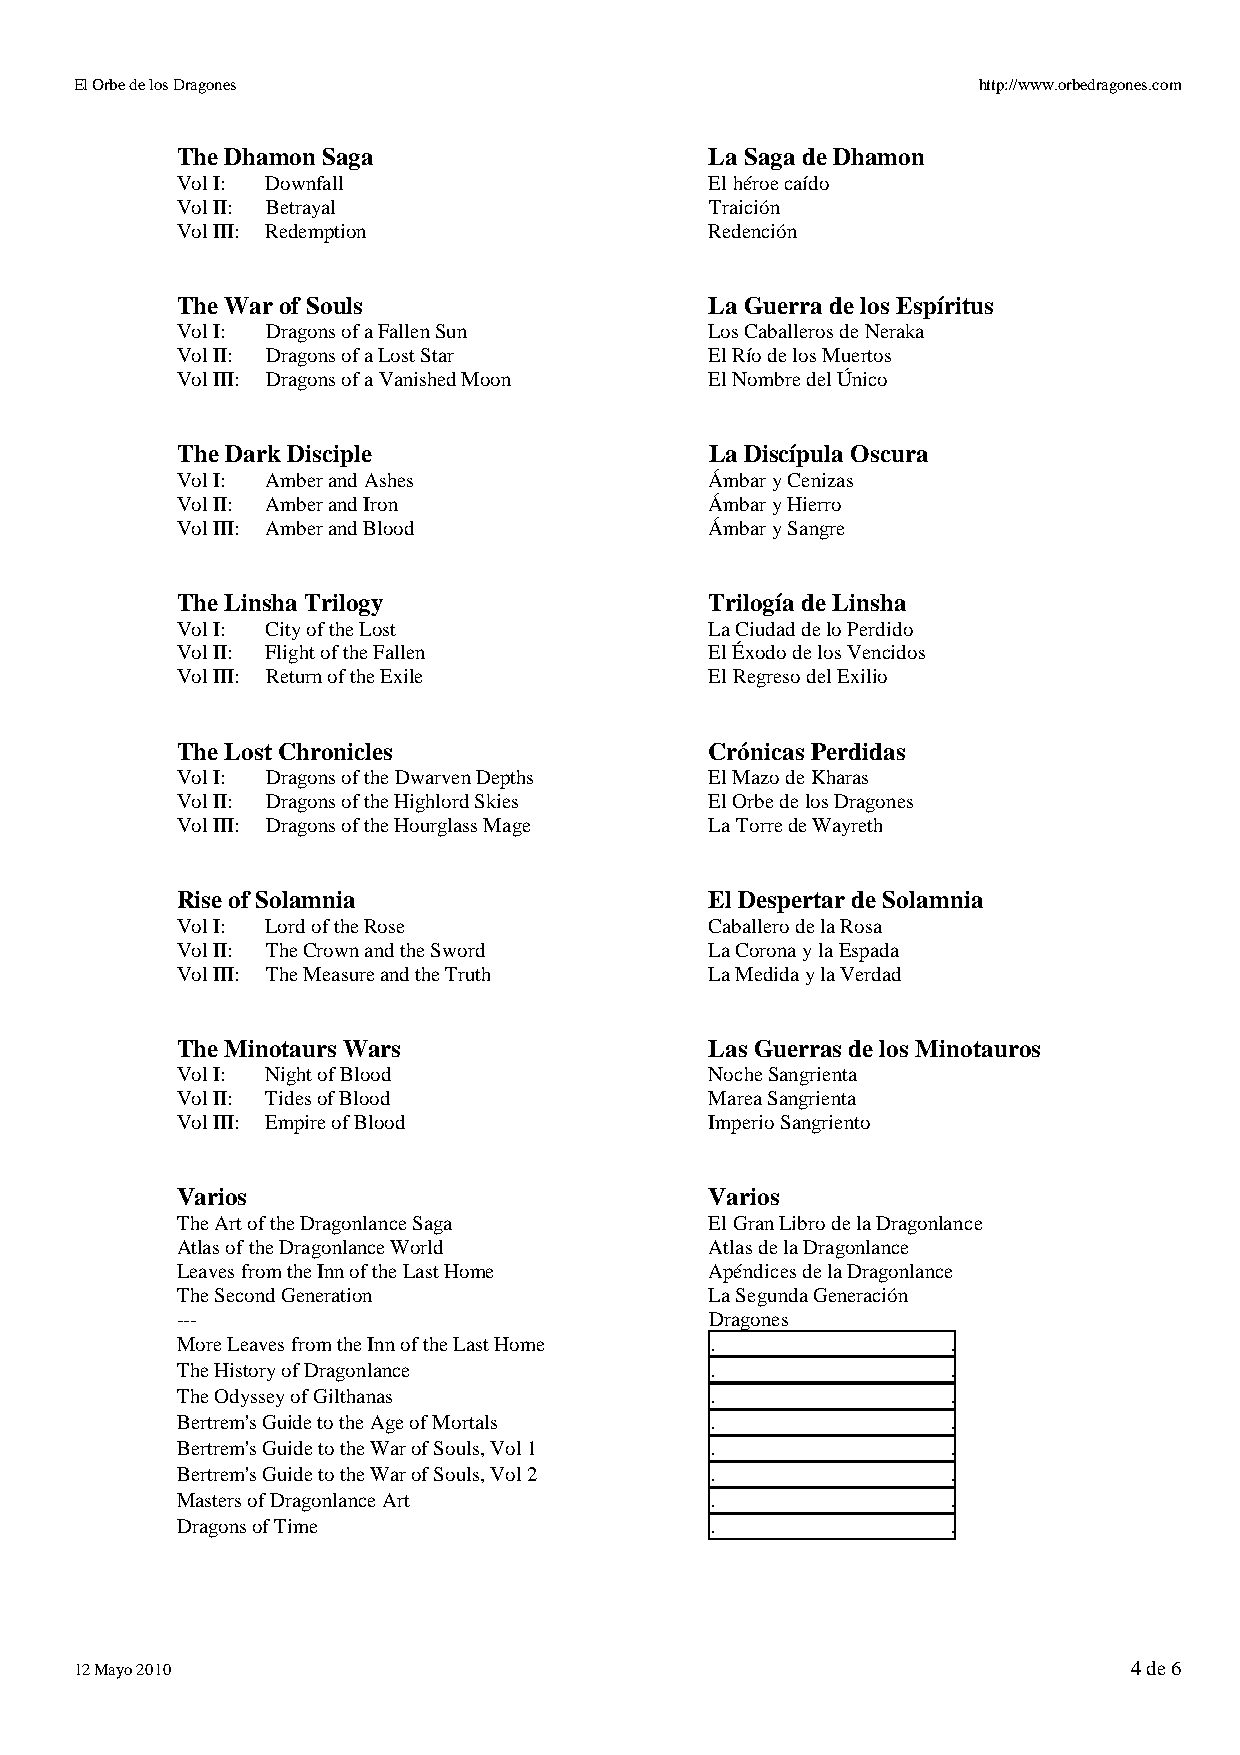
El Orbe de los Dragones                                     http://www.orbedragones.com
 The Dhamon Saga                    La Saga de Dhamon
 Vol I: Downfall                    El héroe caído
 Vol II: Betrayal                   Traición
 Vol III: Redemption                Redención
 The War of Souls                   La Guerra de los Espíritus
 Vol I: Dragons of a Fallen Sun     Los Caballeros de Neraka
 Vol II: Dragons of a Lost Star     El Río de los Muertos
 Vol III: Dragons of a Vanished Moon El Nombre del Único
 The Dark Disciple                  La Discípula Oscura
 Vol I: Amber and Ashes             Ámbar y Cenizas
 Vol II: Amber and Iron             Ámbar y Hierro
 Vol III: Amber and Blood           Ámbar y Sangre
 The Linsha Trilogy                 Trilogía de Linsha
 Vol I: City of the Lost            La Ciudad de lo Perdido
 Vol II: Flight of the Fallen       El Éxodo de los Vencidos
 Vol III: Return of the Exile       El Regreso del Exilio
 The Lost Chronicles                Crónicas Perdidas
 Vol I: Dragons of the Dwarven Depths El Mazo de Kharas
 Vol II: Dragons of the Highlord Skies El Orbe de los Dragones
 Vol III: Dragons of the Hourglass Mage La Torre de Wayreth
 Rise of Solamnia                   El Despertar de Solamnia
 Vol I: Lord of the Rose            Caballero de la Rosa
 Vol II: The Crown and the Sword    La Corona y la Espada
 Vol III: The Measure and the Truth La Medida y la Verdad
 The Minotaurs Wars                 Las Guerras de los Minotauros
 Vol I: Night of Blood              Noche Sangrienta
 Vol II: Tides of Blood             Marea Sangrienta
 Vol III: Empire of Blood           Imperio Sangriento
 Varios                             Varios
 The Art of the Dragonlance Saga    El Gran Libro de la Dragonlance
 Atlas of the Dragonlance World     Atlas de la Dragonlance
 Leaves from the Inn of the Last Home Apéndices de la Dragonlance
 The Second Generation              La Segunda Generación
 ---                                Dragones
 More Leaves from the Inn of the Last Home .        .
 The History of Dragonlance         .               .
 The Odyssey of Gilthanas           .               .
 Bertrem's Guide to the Age of Mortals .            .
 Bertrem's Guide to the War of Souls, Vol 1 .       .
 Bertrem's Guide to the War of Souls, Vol 2 .       .
 Masters of Dragonlance Art         .               .
 Dragons of Time                    .               .
 12 Mayo 2010                                                          4 de 6